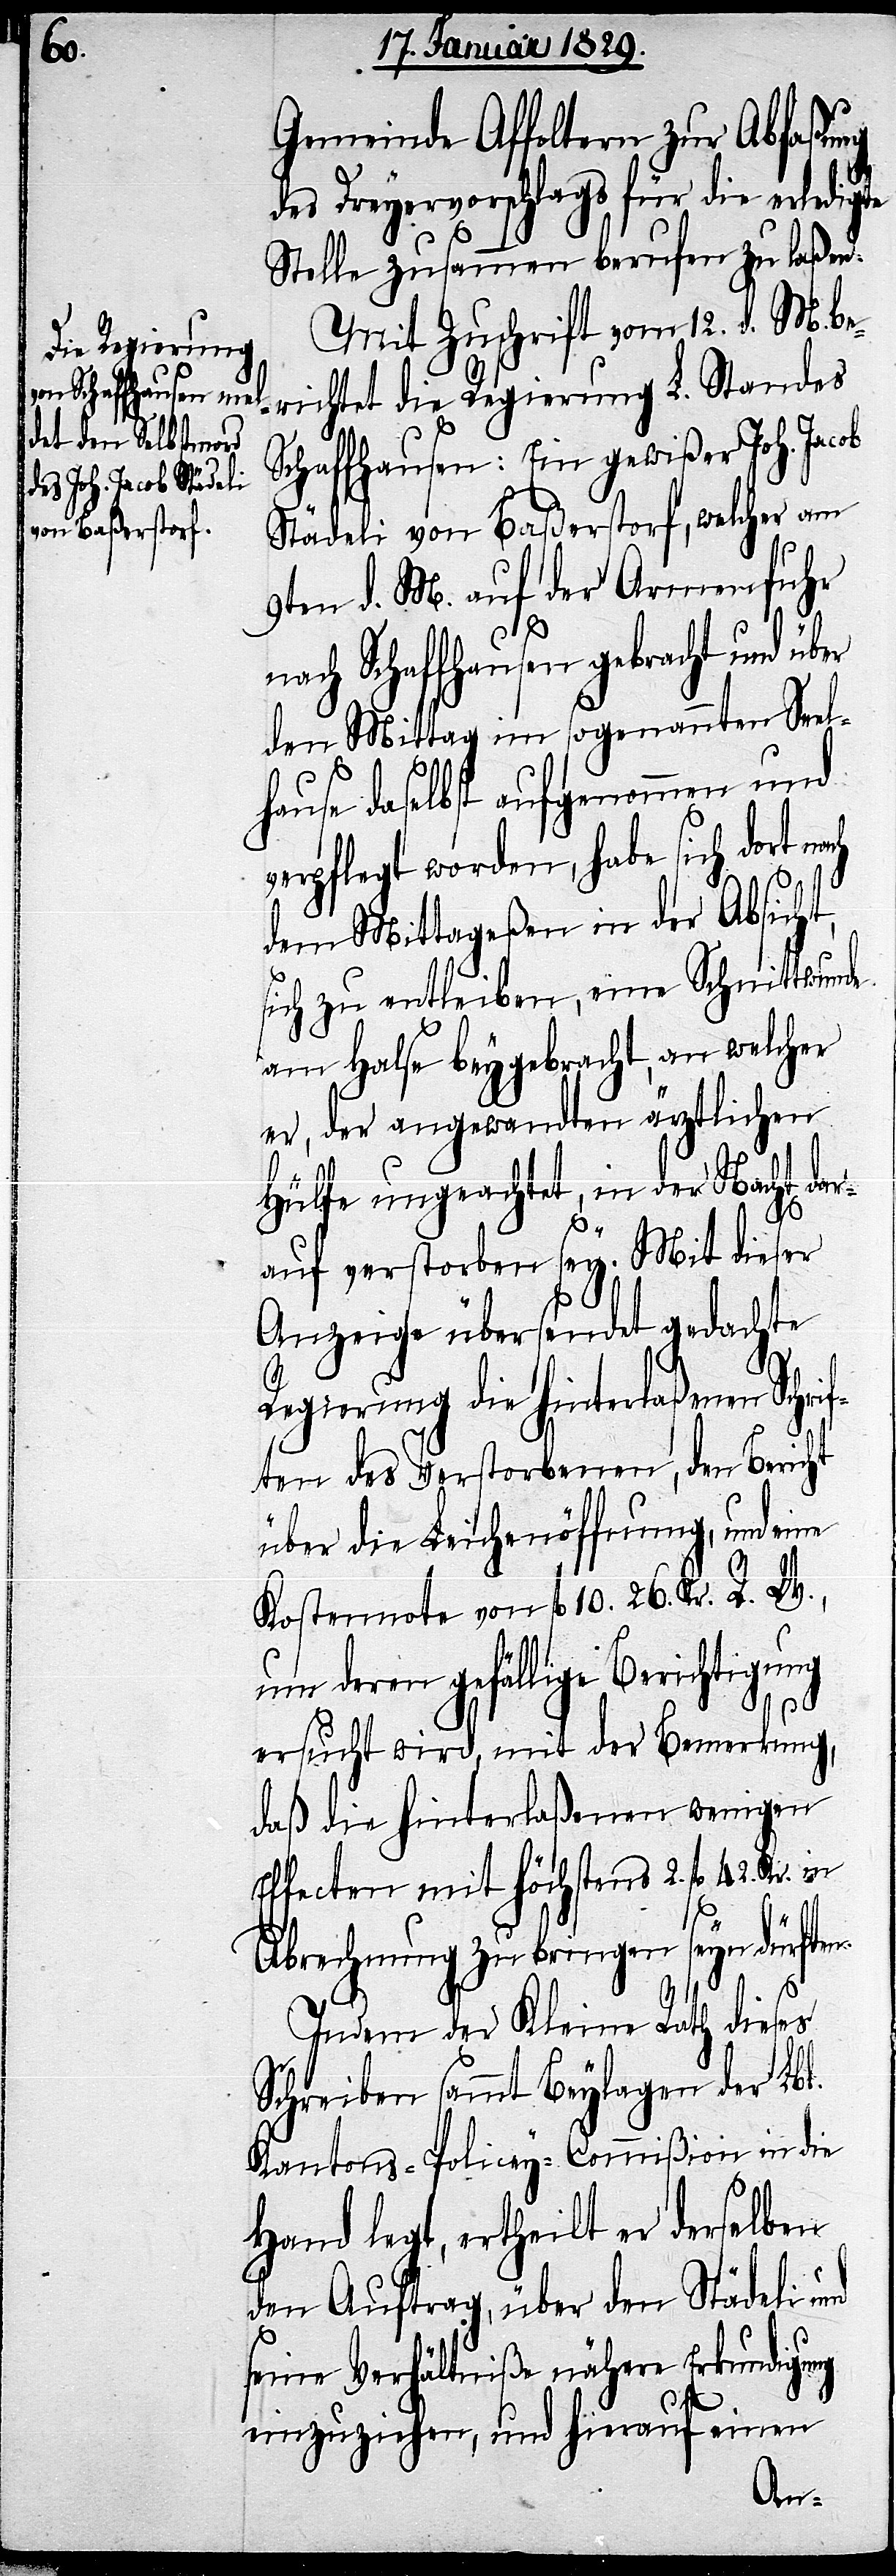
Gemeinde Affoltern zur Abfaßung
des Dreyervorschlags für die erledigte
Stelle zusammen berufen zu laßen.
Mit Zuschrift vom 12. d. M. be¬
richtet die Regierung L. Standes
Schaffhausen: Ein gewißer Joh. Ja¬
Städeli von Baßerstorf, welcher am
9ten d. M. auf der Armenfuhr
nach Schaffhausen gebracht und über
den Mittag im sogenannten Seel¬
hause daselbst aufgenommen und
verpflegt worden, habe sich dort n¬
dem Mittageßen in der Absicht,
sich zu entleiben, eine Schnittwunde
am Halse beygebracht, an welcher
er, der angewandten ärztlichen
Hülfe ungeachtet, in der Nacht dar¬
auf verstorben sey. Mit dieser
Anzeige übersendet gedachte
Regierung die hinterlaßenen Sc¬
ten des Verstorbenen, den Bericht
über die Leichenöffnung, und eine
Kostennote von fl. 10. 26. Kr. R. W.,
um deren gefällige Berichtigung
hrif¬
ersucht wird, mit der Bemerkung,
daß die Hinterlaßenen wenigen
Effecten mit höchstens 2. fl. 42. Kr.
Abrechnung zu bringen seyn dürften.
Indem der Kleine Rath dieses
Schreiben sammt Beylagen der Lbl.
Kantons-Policey-Commißion in die
Hand legt, ertheilt er derselben
den Auftrag, über den Städeli und
seine Verhältniße nähere Erkundigung
einzuziehen, und hierauf einen